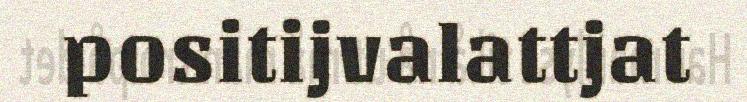
positijvalattjat